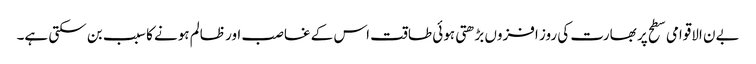
بےن الاقوامی سطح پر بھارت کی روز افزوں بڑھتی ہوئی طاقت اس کے غاصب اور ظالم ہونے کا سبب بن سکتی ہے۔